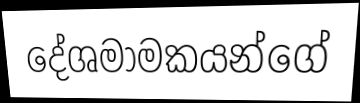
දේශමාමකයන්ගේ